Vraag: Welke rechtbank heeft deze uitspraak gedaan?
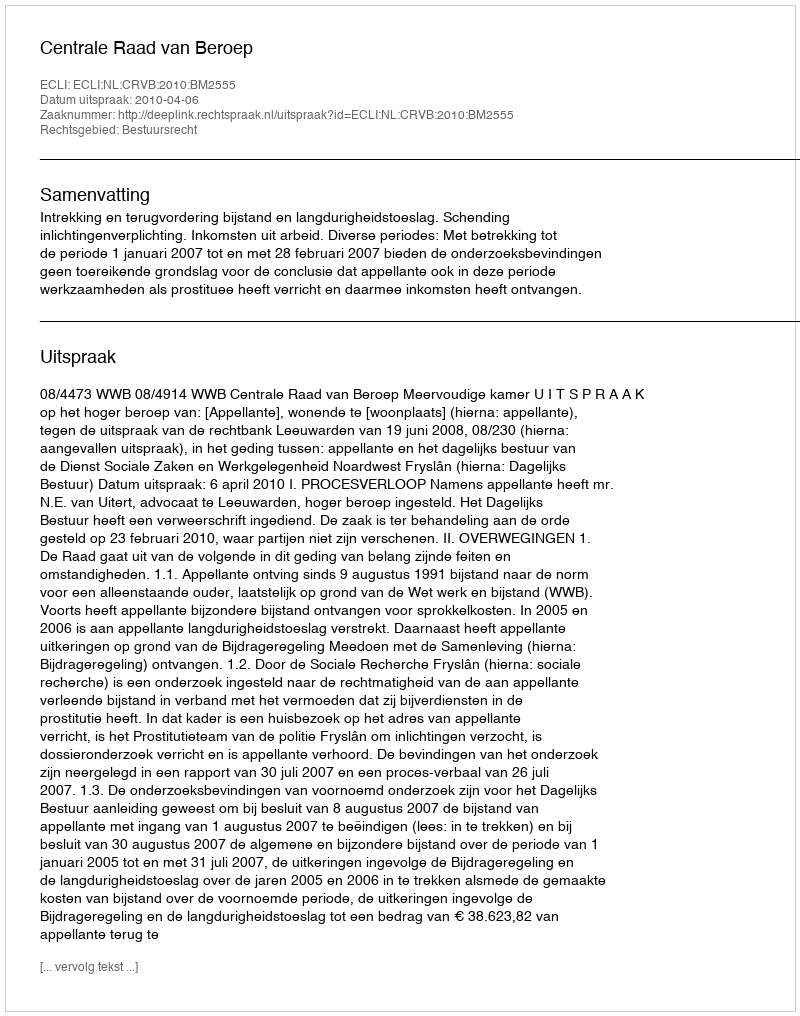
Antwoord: Centrale Raad van Beroep